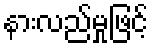
နားလည်မှုဖြင့်